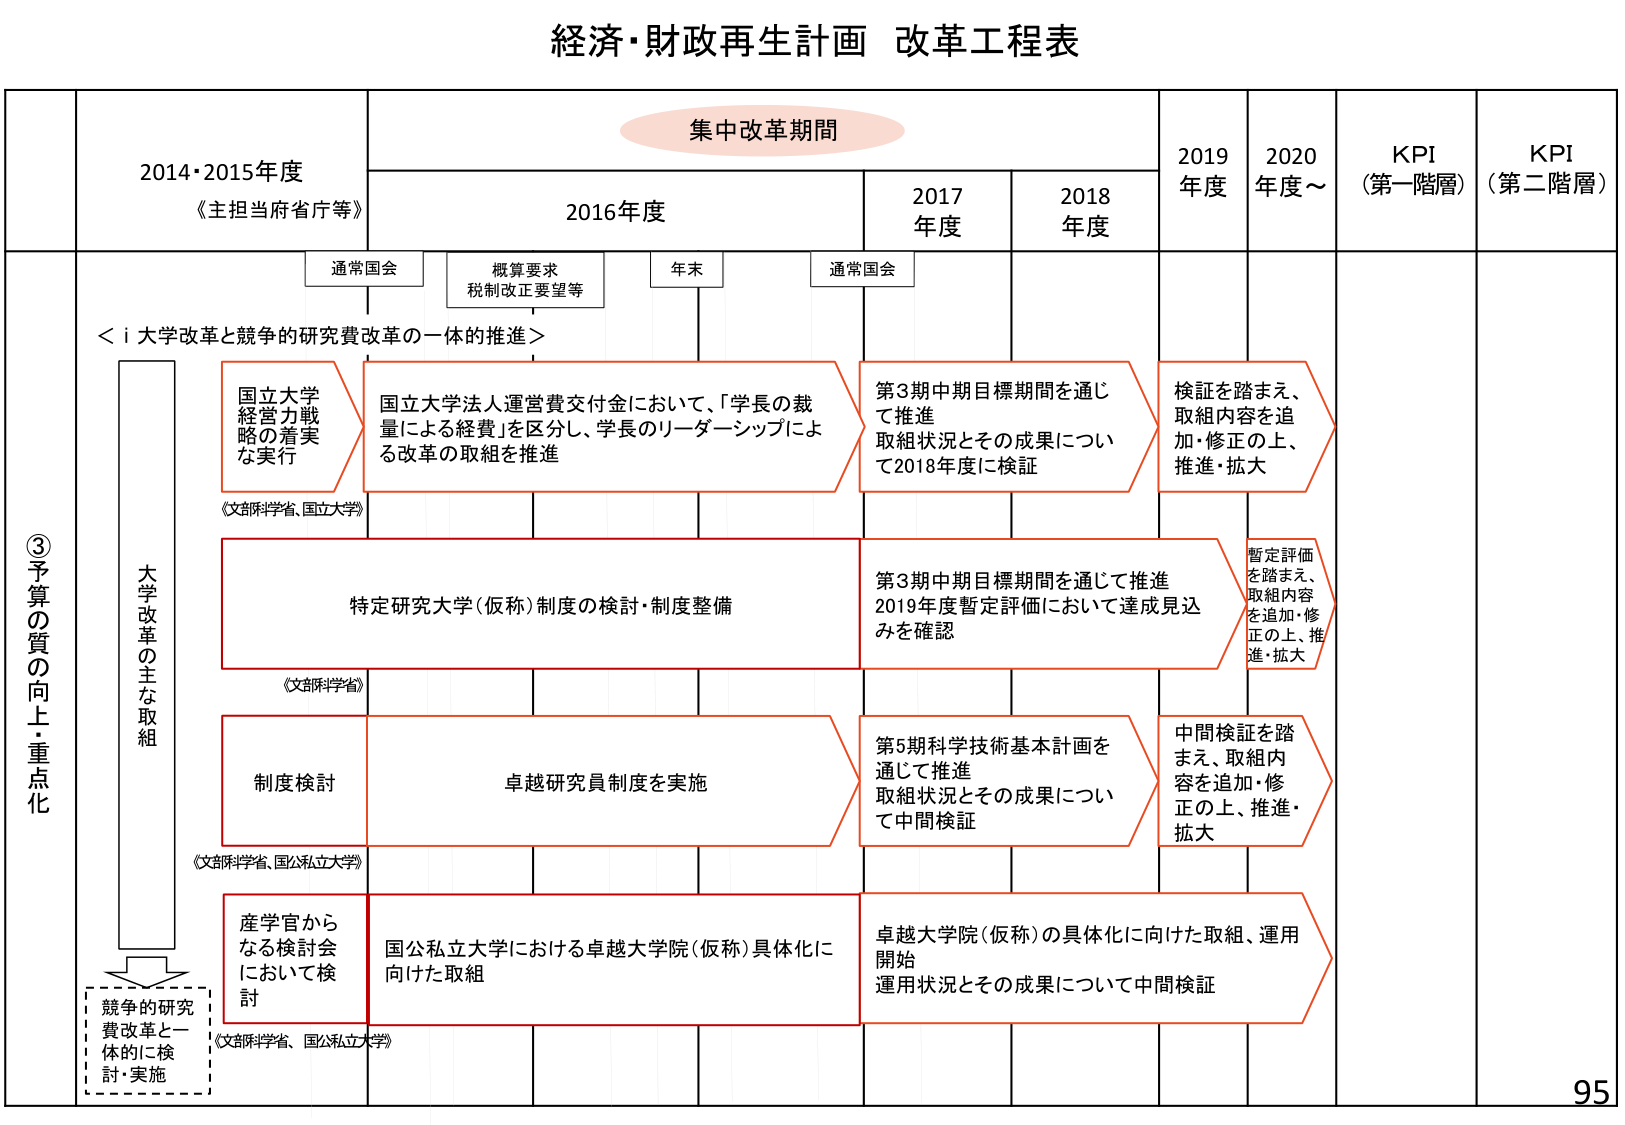
経済・財政再生計画 改革工程表

集中改革期間

2014・2015年度
《主担当府省庁等》

2016年度

2017年度

2018年度

2019年度

2020年度～

KPI
（第一階層）

KPI
（第二階層）

通常国会

概算要求
税制改正要望等

年末

通常国会

＜i 大学改革と競争的研究費改革の一体的推進＞

③予算の質の向上・重点化

大学改革の主な取組

国立大学
経営力戦略の着実な実行
《文部科学省、国立大学》

国立大学法人運営費交付金において、「学長の裁量による経費」を区分し、学長のリーダーシップによる改革の取組を推進

第3期中期目標期間を通じて推進
取組状況とその成果について2018年度に検証

検証を踏まえ、取組内容を追加・修正の上、推進・拡大

特定研究大学（仮称）制度の検討・制度整備
《文部科学省》

第3期中期目標期間を通じて推進
2019年度暫定評価において達成見込みを確認

暫定評価を踏まえ、取組内容を追加・修正の上、推進・拡大

制度検討
《文部科学省、国公私立大学》

卓越研究員制度を実施

第5期科学技術基本計画を通じて推進
取組状況とその成果について中間検証

中間検証を踏まえ、取組内容を追加・修正の上、推進・拡大

産学官からなる検討会において検討
《文部科学省、国公私立大学》

国公私立大学における卓越大学院（仮称）具体化に向けた取組

卓越大学院（仮称）の具体化に向けた取組、運用開始
運用状況とその成果について中間検証

競争的研究費改革と一体的に検討・実施

95